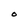
Character: O